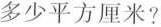
多少平方厘米?